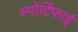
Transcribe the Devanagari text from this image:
स्पोर्टिफाई